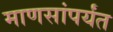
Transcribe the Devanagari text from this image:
माणसांपर्यंत